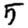
Digit: 5